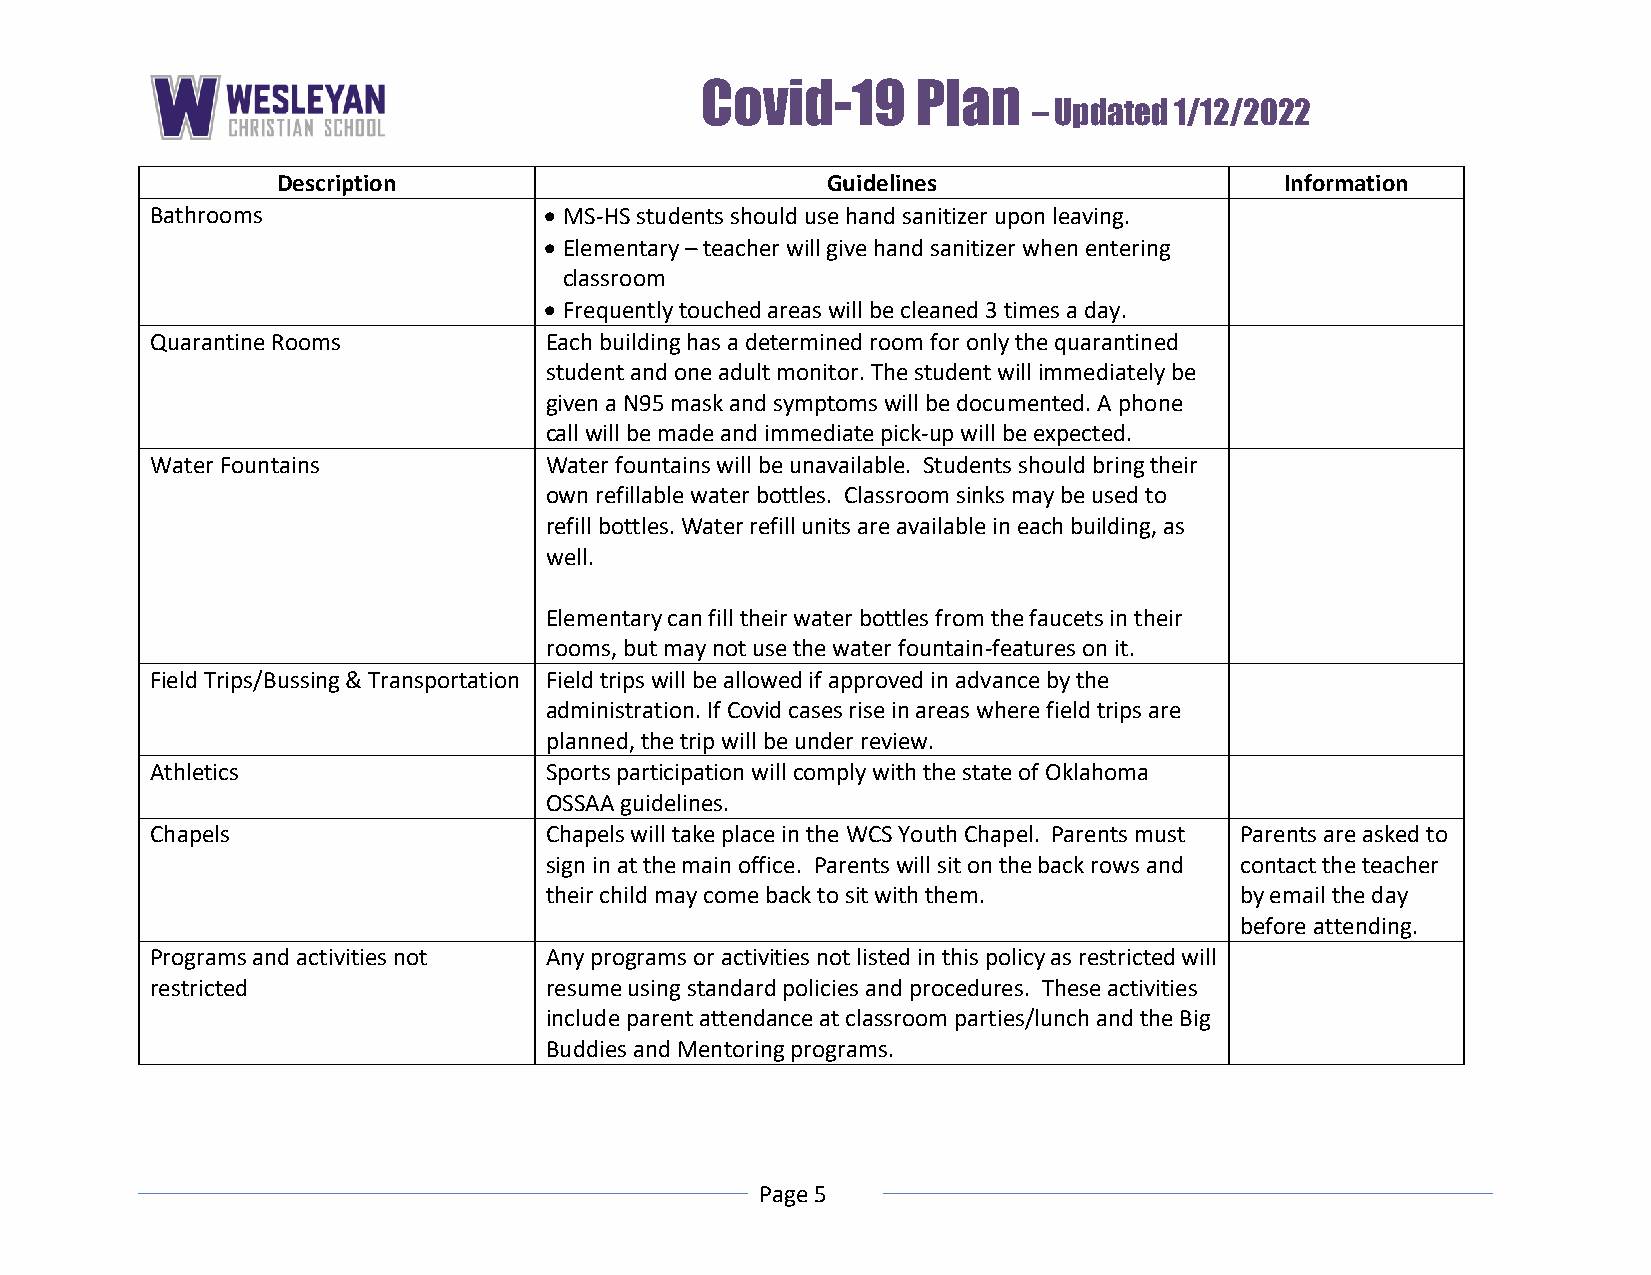
Covid-19       Plan
 – Updated 1/12/2022
 Description                          Guidelines                    Information
 Bathrooms                  MS-HS students should use hand sanitizer upon leaving.
  Elementary – teacher will give hand sanitizer when entering
 classroom
  Frequently touched areas will be cleaned 3 times a day.
 Quarantine Rooms          Each building has a determined room for only the quarantined
 student and one adult monitor. The student will immediately be
 given a N95 mask and symptoms will be documented. A phone
 call will be made and immediate pick-up will be expected.
 Water Fountains           Water fountains will be unavailable. Students should bring their
 own refillable water bottles. Classroom sinks may be used to
 refill bottles. Water refill units are available in each building, as
 well.
 Elementary can fill their water bottles from the faucets in their
 rooms, but may not use the water fountain-features on it.
 Field Trips/Bussing & Transportation Field trips will be allowed if approved in advance by the
 administration. If Covid cases rise in areas where field trips are
 planned, the trip will be under review.
 Athletics                 Sports participation will comply with the state of Oklahoma
 OSSAA guidelines.
 Chapels                   Chapels will take place in the WCS Youth Chapel. Parents must Parents are asked to
 sign in at the main office. Parents will sit on the back rows and contact the teacher
 their child may come back to sit with them.   by email the day
 before attending.
 Programs and activities not Any programs or activities not listed in this policy as restricted will
 restricted                resume using standard policies and procedures. These activities
 include parent attendance at classroom parties/lunch and the Big
 Buddies and Mentoring programs.
 Page 5